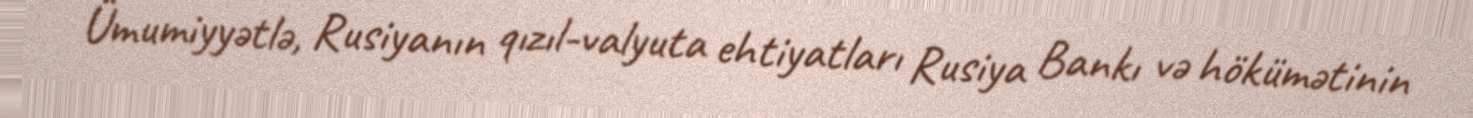
Ümumiyyətlə, Rusiyanın qızıl-valyuta ehtiyatları Rusiya Bankı və hökümətinin